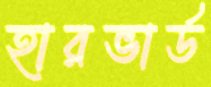
হারভার্ড